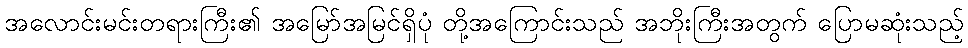
အလောင်းမင်းတရားကြီး၏ အမြော်အမြင်ရှိပုံ တို့အကြောင်းသည် အဘိုးကြီးအတွက် ပြောမဆုံးသည့်